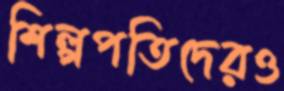
শিল্পপতিদেরও